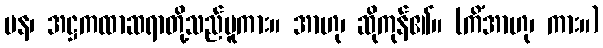
ပန၊ အဋ္ဌကထာဆရာတို့သည်မူကား။ အာဟု၊ ဆိုကုန်၏။ (ကိံအာဟု၊ ကား။)